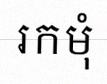
រកមុំ